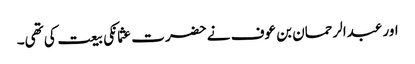
اور عبدالرحمان بن عوف نے حضرت عثمانکی بیعت کی تھی۔